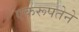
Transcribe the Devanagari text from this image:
एकरूपतेने